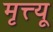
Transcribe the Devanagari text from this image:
मृत्त्यू